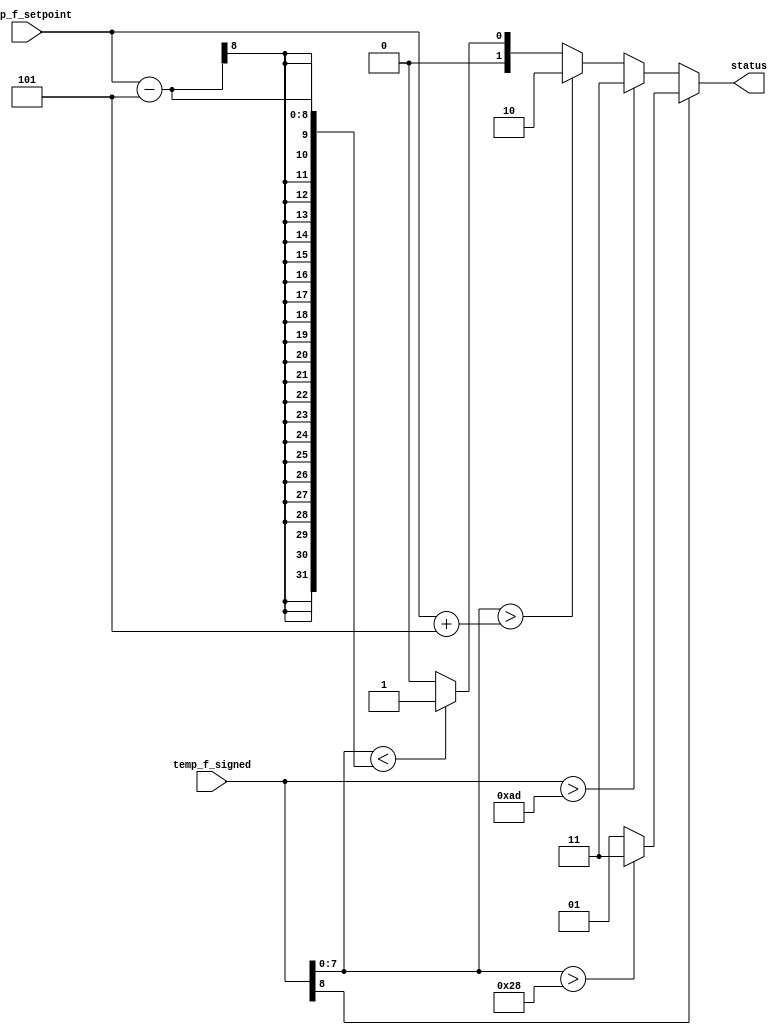
module temp_control(
    input [8:0] temp_f_signed,
    input [7:0] temp_f_setpoint,
    output reg [1:0] status
);

    parameter tolerance = 5;
    parameter max_sensor_reading = 173;
    parameter min_sensor_reading = 40;

    //Status
    //0 = idle
    //1 = heating
    //2 = cooling
    //3 = error

    always @(*)
        if (temp_f_signed[8] == 1) //temp is negative
            if (temp_f_signed[7:0] > min_sensor_reading)  //temp is less than -40 which is out of temp sensors range
                status = 2'd3;
            else
                status = 2'd1;
        else    // temp is positive
            if (temp_f_signed > max_sensor_reading) //check for error first
                status = 2'd3;
            else if (temp_f_signed[7:0] > temp_f_setpoint + tolerance)   // temp is over setpoint + tolerance = set status=cooling
                status = 2'd2;
            else if (temp_f_signed[7:0] < temp_f_setpoint - tolerance) //temp is lower than setpoint - tolerance = set status=heating
                status = 2'd1;
            else    // temp is in acceptable range. status=idle
                status = 2'd0;

endmodule